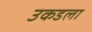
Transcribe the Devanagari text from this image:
उकडला